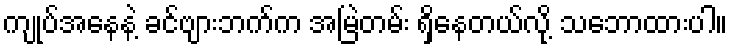
ကျုပ်အနေနဲ့ ခင်ဗျားဘက်က အမြဲတမ်း ရှိနေတယ်လို့ သဘောထားပါ။